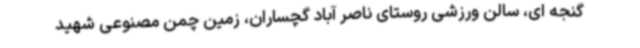
گنجه ای، سالن ورزشی روستای ناصر آباد گچساران، زمین چمن مصنوعی شهید